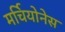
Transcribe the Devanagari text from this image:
मर्चियोनेस